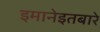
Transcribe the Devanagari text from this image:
इमानेइतबारे